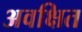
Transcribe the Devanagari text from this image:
अवक्षित